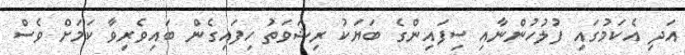
އަދި އެކަމުގައި ފުލުހުންނާއި ސިފައިންގެ ބަޔަކު ރިޝަވަތު ހިފައިގެން ބައިވެރިވާ ކަމަށް ވެސް